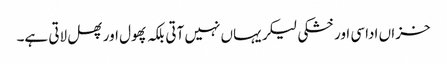
خزاں اداسی اور خشکی لیکر یہاں نہیں آتی بلکہ پھول اور پھل لاتی ہے۔